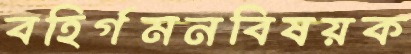
বহির্গমনবিষয়ক